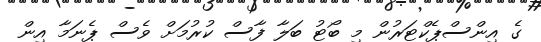
ގެ އިންސްޕެކްޓަރުން މި ބޯޓު ބަލާ ފާސް ކުރުމަށް ވެސް ޕެނަމާ އިން